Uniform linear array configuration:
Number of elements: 32
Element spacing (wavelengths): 0.75
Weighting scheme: exponential
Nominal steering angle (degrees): -15
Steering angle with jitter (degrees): -14.932
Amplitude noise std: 0.05
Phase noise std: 0.05

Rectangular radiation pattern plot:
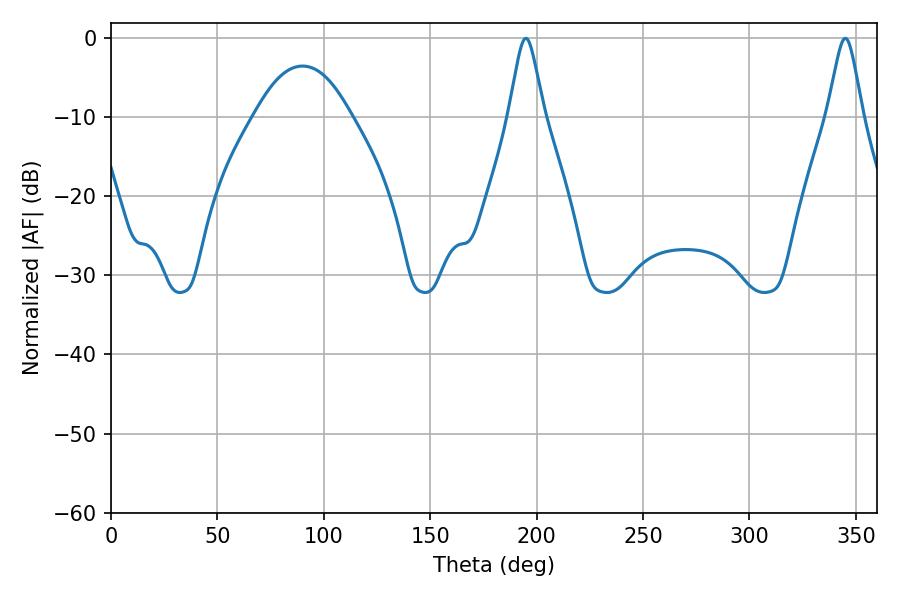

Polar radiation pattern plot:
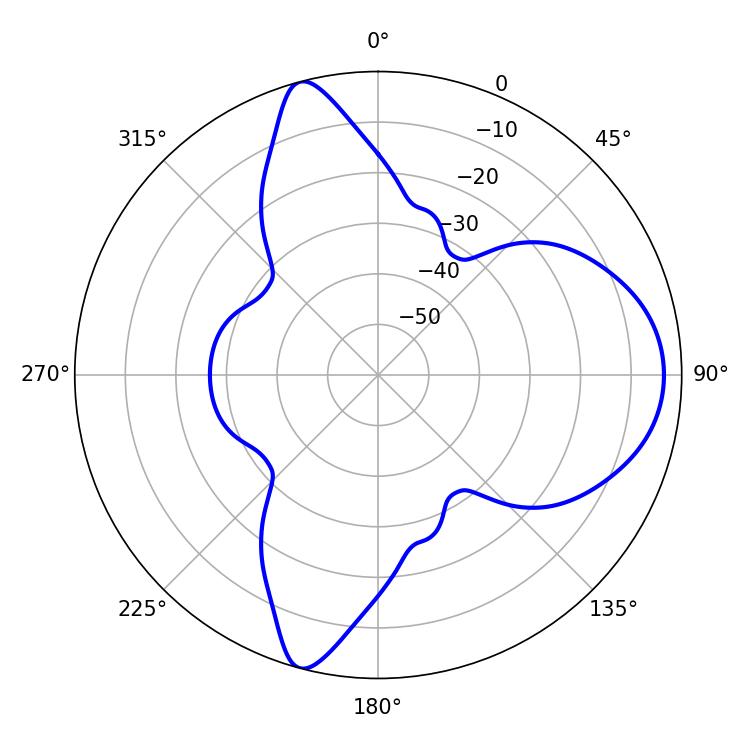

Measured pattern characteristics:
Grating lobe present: TRUE
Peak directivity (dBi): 10.676
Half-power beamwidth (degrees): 7.92
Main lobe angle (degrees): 194.94